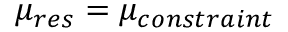
\mu _ { r e s } = \mu _ { c o n s t r a i n t }